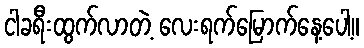
ငါခရီးထွက်လာတဲ့ လေးရက်မြောက်နေ့ပေါ့။